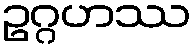
ဥဂ္ဂဟဿ